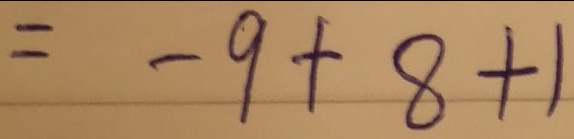
= - 9 + 8 + 1